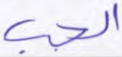
الجب